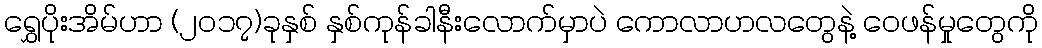
ရွှေပိုးအိမ်ဟာ (၂၀၁၇)ခုနှစ် နှစ်ကုန်ခါနီးလောက်မှာပဲ ကောလာဟလတွေနဲ့ ဝေဖန်မှုတွေကို